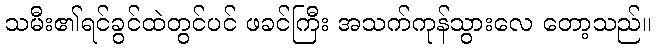
သမီး၏ရင်ခွင်ထဲတွင်ပင် ဖခင်ကြီး အသက်ကုန်သွားလေ တော့သည်။